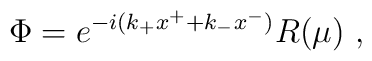
\Phi=e^{-i(k_+x^++k_-x^-)}R(\mu)\ ,